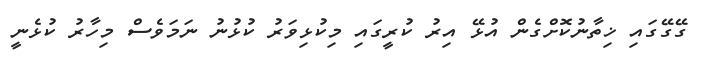
ގޭގޭގައި ޚިތާނުކޮށްގެން އުޅޭ އިރު ކުރީގައި މިކުޅިވަރު ކުޅުނު ނަމަވެސް މިހާރު ކުޅެނީ